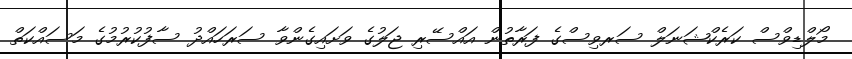
މޯލްޑިވްސް ކަރެކްޝަނަލް ސަރވިސްގެ ފަރާތުން އައްސޭރި ޖަލުގެ ވަށައިގެންވާ ސަރަހައްދު ސާފުކުރުމުގެ މަސައްކަތް